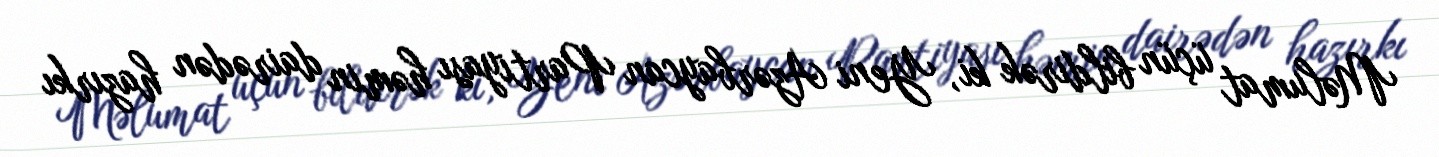
Məlumat üçün bildirək ki, Yeni Azərbaycan Partiyası həmin dairədən hazırkı